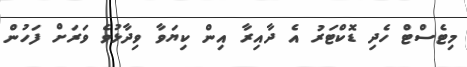
މިޓެސްޓް ހެދި ޑޮކްޓަރު އެ ދާއިރާ އިން ކިޔަވާ ވިދާޅުވެ ވަރަށް ފަހުން